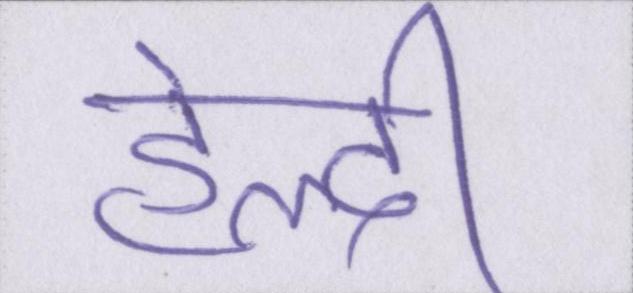
हेल्दी